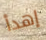
إهدأ